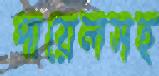
পায়েলসহ